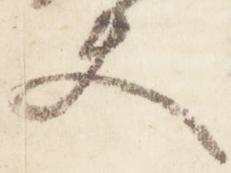
夫